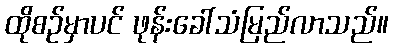
ထိုစဉ်မှာပင် ဖုန်းခေါ်သံမြည်လာသည်။